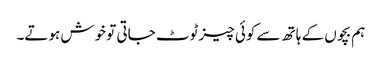
ہم بچوں کے ہاتھ سے کوئی چیز ٹوٹ جاتی تو خوش ہوتے۔